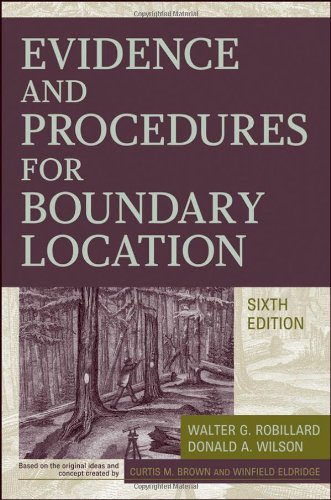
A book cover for Evidence and Procedures for Boundary Location; Walter G. Robillard; Law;